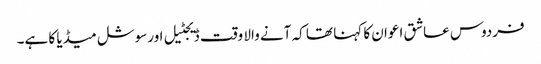
فردوس عاشق اعوان کا کہنا تھا کہ آنے والا وقت ڈیجٹیل اورسوشل میڈیا کا ہے۔